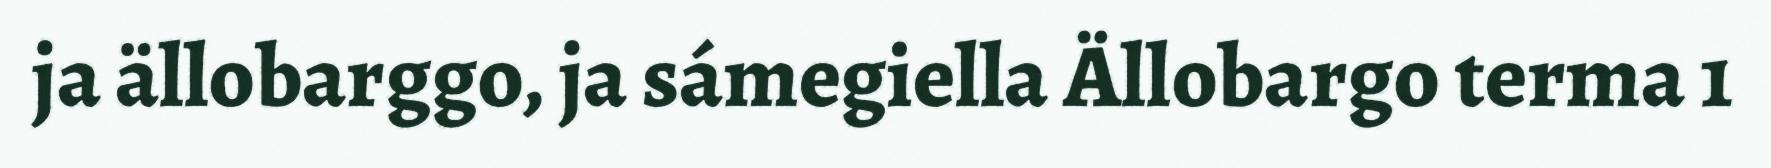
ja ällobarggo, ja sámegiella Ällobargo terma 1